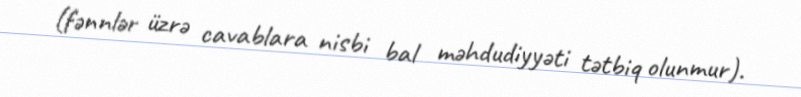
(fənnlər üzrə cavablara nisbi bal məhdudiyyəti tətbiq olunmur).